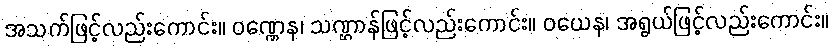
အသက်ဖြင့်လည်းကောင်း။ ဝဏ္ဏေန၊ သဏ္ဌာန်ဖြင့်လည်းကောင်း။ ဝယေန၊ အရွယ်ဖြင့်လည်းကောင်း။